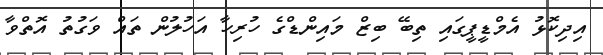
އިދިކޮޅު އެމްޑީޕީގައި ތިބޭ ބިޒް މައިންޑްގެ ހުރިހާ އަހުލުން ތައް ވަގުތު އޮތްވާ